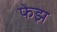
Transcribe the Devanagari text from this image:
फेझ